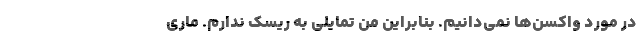
در مورد واکسن‌ها نمی‌دانیم. بنابراین من تمایلی به ریسک ندارم. ماری